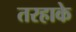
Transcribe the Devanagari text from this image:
तरहाके